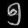
Digit: ၅